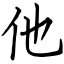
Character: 他